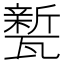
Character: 𭺦